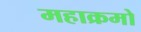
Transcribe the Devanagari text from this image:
महाक्रमो